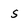
Character: S